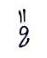
ខ៉